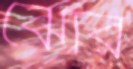
ঝোর